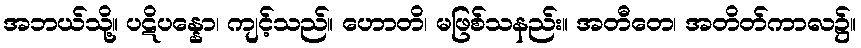
အဘယ်သို့။ ပဋိပန္နော၊ ကျင့်သည်။ ဟောတိ၊ မဖြစ်သနည်း။ အတီတေ၊ အတိတ်ကာလ၌။